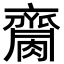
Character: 𪗌